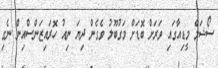
ސޯޝަލް މީޑިއާގައި ވަރަށް ބޮޑަށް މަގުބޫލު ވެގެން ދިޔަ ނިއު ހޮރައިޒަންސްއިން ނެގި